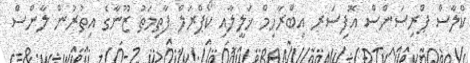
ކްލާސް ޕްރިސަންސް އޮފިސަރ އިބްރާހިމް ޚަލީލާއި ކޯޕްރަލް ފާތިމަތު ޒޫނާގެ އިތުރުން ލާންސް